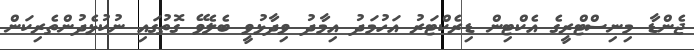
ޖެންޑާ މިނިސްޓްރީގެ އެކްޓިން ޑިރެކްޓަރު އަހުމަދު އިމާދު ވިދާޅުވީ ބެލެވޭ ގޮތުގައި ނުކުޅެދުންތެރިކަން